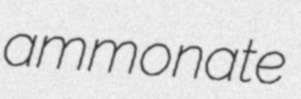
ammonate